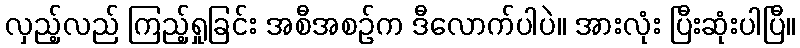
လှည့်လည် ကြည့်ရှုခြင်း အစီအစဉ်က ဒီလောက်ပါပဲ။ အားလုံး ပြီးဆုံးပါပြီ။